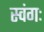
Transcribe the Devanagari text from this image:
स्वंगः